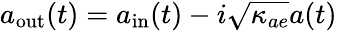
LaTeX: a_{\textrm{out}}(t)=a_{\textrm{in}}(t)-i\sqrt{\kappa_{ae}}a(t)